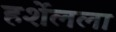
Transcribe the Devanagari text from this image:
हर्शेलला